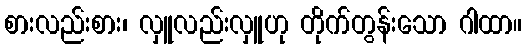
စားလည်းစား၊ လှူလည်းလှူဟု တိုက်တွန်းသော ဂါထာ။